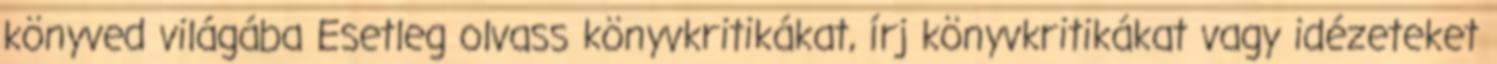
könyved világába Esetleg olvass könyvkritikákat, írj könyvkritikákat vagy idézeteket